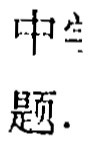
中生题.